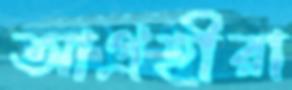
আগ্রহীরা